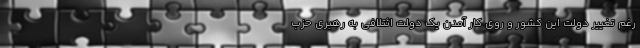
رغم تغییر دولت این کشور و روی کار آمدن یک دولت ائتلافی به رهبری حزب